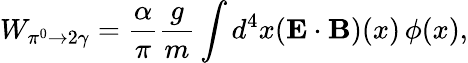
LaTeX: W_{\pi^{0}\to 2\gamma}=\frac{\alpha}{\pi}\frac{g}{m}\int d^{4}x(\mathbf{E\cdot B})(x)\, \phi(x),